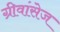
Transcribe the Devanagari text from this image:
ग्रीवांसेज